Annual administration report of the Civil Veterinary Department of India - 1899-1900
Year: 1899
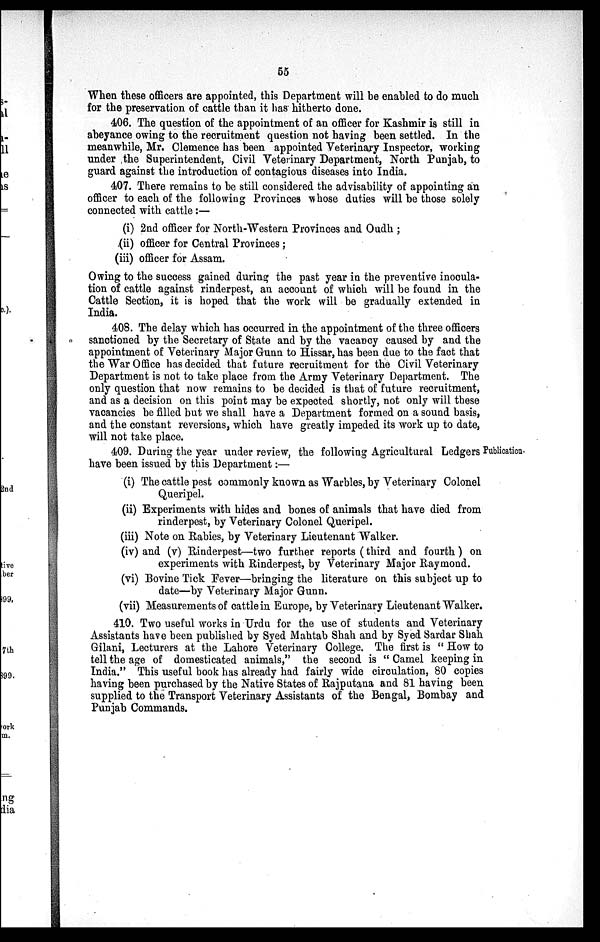
55
When these officers are appointed, this Department will be enabled to do much
for the preservation of cattle than it has hitherto done.
406. The question of the appointment of an officer for Kashmir is still in
abeyance owing to the recruitment question not having been settled. In the
meanwhile, Mr. Clemence has been appointed Veterinary Inspector, working
under the Superintendent, Civil Veterinary Department, North Punjab, to
guard against the introduction of contagious diseases into India.
407. There remains to be still considered the advisability of appointing an
officer to each of the following Provinces whose duties will be those solely
connected with cattle:—
(i) 2nd officer for North-Western Provinces and Oudh;
(ii) officer for Central Provinces;
(iii) officer for Assam.
Owing to the success gained during the past year in the preventive inocula-
tion of cattle against rinderpest, an account of which will be found in the
Cattle Section, it is hoped that the work will be gradually extended in
India.
408. The delay which has occurred in the appointment of the three officers
sanctioned by the Secretary of State and by the vacancy caused by and the
appointment of Veterinary Major Gunn to Hissar, has been due to the fact that
the War Office has decided that future recruitment for the Civil Veterinary
Department is not to take place from the Army Veterinary Department. The
only question that now remains to be decided is that of future recruitment,
and as a decision on this point may be expected shortly, not only will these
vacancies be filled but we shall have a Department formed on a sound basis,
and the constant reversions, which have greatly impeded its work up to date,
will not take place.
Publication.
409. During the year under review, the following Agricultural Ledgers
have been issued by this Department:—
(i) The cattle pest commonly known as Warbles, by Veterinary Colonel
Queripel.
(ii) Experiments with hides and bones of animals that have died from
rinderpest, by Veterinary Colonel Queripel.
(iii) Note on Rabies, by Veterinary Lieutenant Walker.
(iv) and (v) Rinderpest—two further reports (third and fourth) on
experiments with Rinderpest, by Veterinary Major Raymond.
(vi) Bovine Tick Fever—bringing the literature on this subject up to
date—by Veterinary Major Gunn.
(vii) Measurements of cattle in Europe, by Veterinary Lieutenant Walker.
410. Two useful works in Urdu for the use of students and Veterinary
Assistants have been published by Syed Mahtab Shah and by Syed Sardar Shah
Gilani, Lecturers at the Lahore Veterinary College. The first is " How to
tell the age of domesticated animals," the second is "Camel keeping in
India." This useful book has already had fairly wide circulation, 80 copies
having been purchased by the Native States of Rajputana and 81 having been
supplied to the Transport Veterinary Assistants of the Bengal, Bombay and
Punjab Commands.